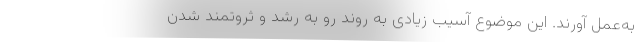
به‌عمل آورند. این موضوع آسیب زیادی به روند رو به رشد و ثروتمند شدن